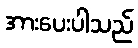
အားပေးပါသည်